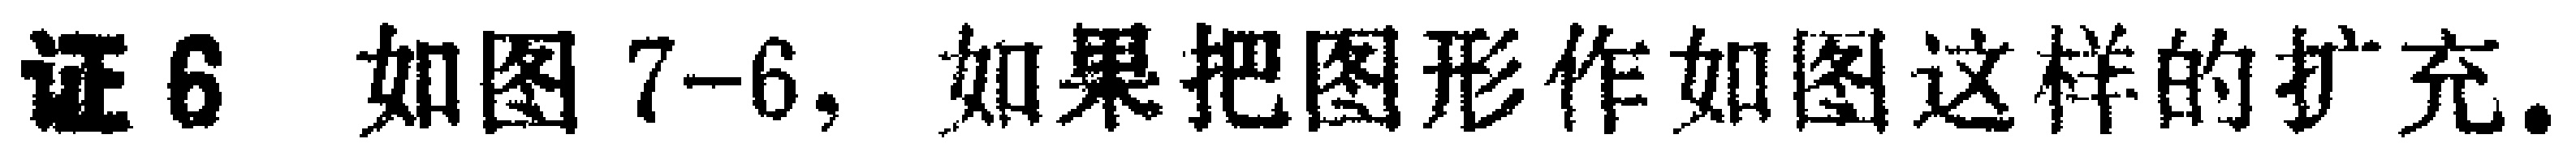
证6 如图7-6，如果把图形作如图这样的扩充。